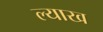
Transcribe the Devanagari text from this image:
ल्याख